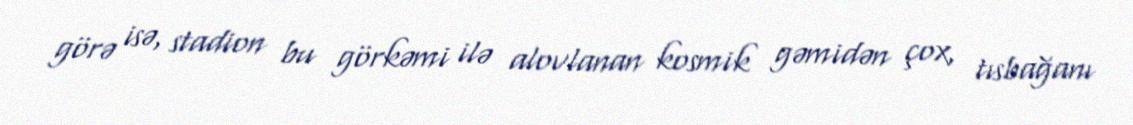
görə isə, stadion bu görkəmi ilə alovlanan kosmik gəmidən çox, tısbağanı